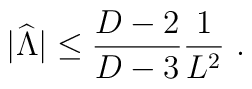
|{\widehat\Lambda}|\leq{{D-2}\over{D-3}}{1\over L^2}~.